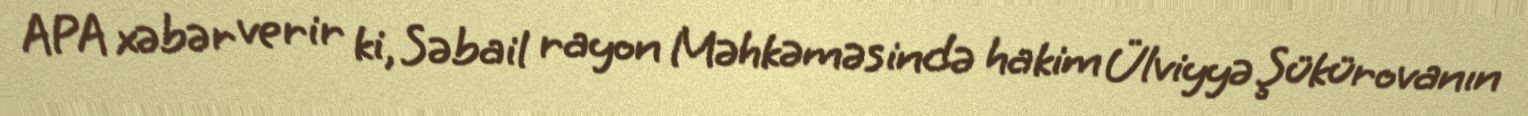
APA xəbər verir ki, Səbail rayon Məhkəməsində hakim Ülviyyə Şükürovanın